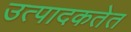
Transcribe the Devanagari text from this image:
उत्पादकतेत